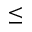
\le